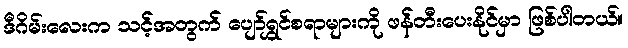
ဒီဂိမ်းလေးက သင့်အတွက် ပျော်ရွှင်စရာများကို ဖန်တီးပေးနိုင်မှာ ဖြစ်ပါတယ်။